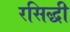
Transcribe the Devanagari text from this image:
रसिद्धी